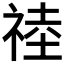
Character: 𥚊